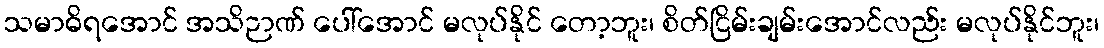
သမာဓိရအောင် အသိဉာဏ် ပေါ်အောင် မလုပ်နိုင် တော့ဘူး၊ စိတ်ငြိမ်းချမ်းအောင်လည်း မလုပ်နိုင်ဘူး၊